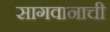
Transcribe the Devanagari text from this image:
सागवानाची